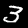
Digit: 3